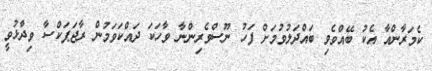
ކެމަރާންއާ އެކު ބޭއްވެވި ބައްދަލުވުމަށް ފަހު ނޫސްވެރިންނާ ވާހަކަ ދައްކަވަމުން ރާޖަޕަކްސާ ވިދާޅުވީ